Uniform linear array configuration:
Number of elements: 8
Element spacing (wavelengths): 0.25
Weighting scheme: binomial
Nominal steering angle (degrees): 15
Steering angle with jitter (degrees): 16.617
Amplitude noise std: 0.05
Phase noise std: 0.05

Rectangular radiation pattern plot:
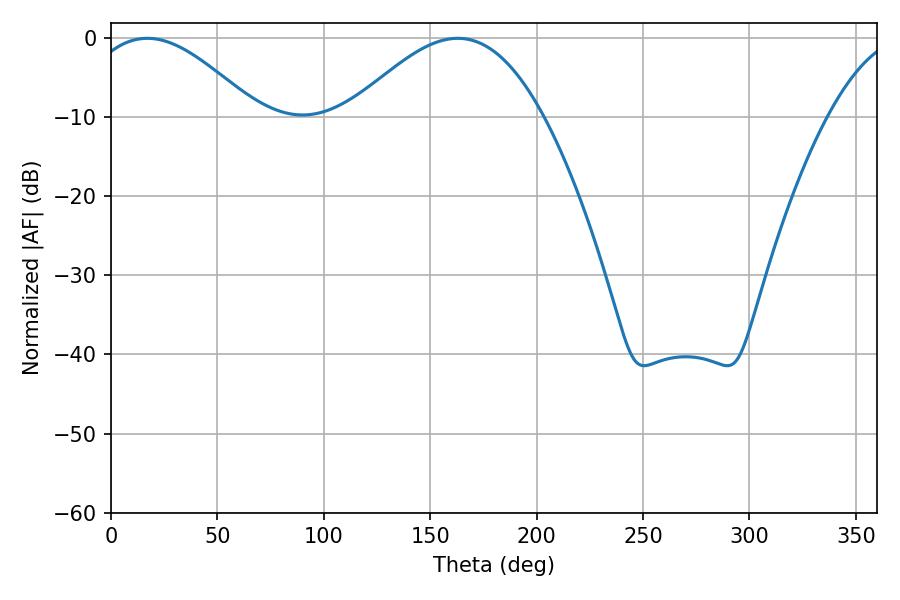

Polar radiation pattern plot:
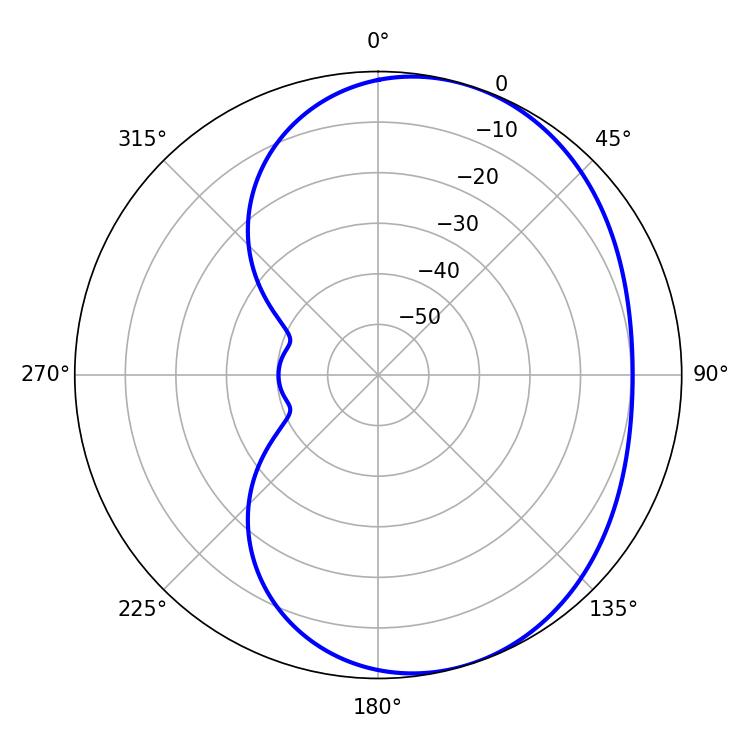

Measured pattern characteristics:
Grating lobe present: FALSE
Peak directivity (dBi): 4.675
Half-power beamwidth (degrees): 43.56
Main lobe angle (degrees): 17.1